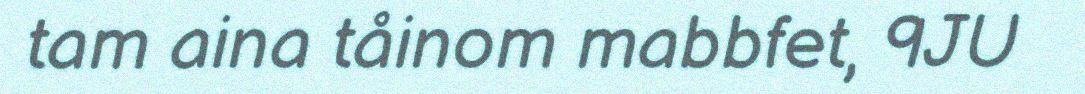
tam aina tåinom mabbfet, 9JU